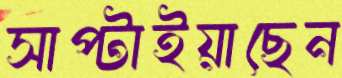
সাপ্‌টাইয়াছেন